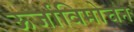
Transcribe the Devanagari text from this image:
ऊर्जाविमोचन